Report on the treatment of epidemic cholera: from information collected by the governments of Bengal, Madras, Bombay, N.W. Provinces, Punjab, Oudh, and Central India, by order of the Government of India
Disease focus: Cholera
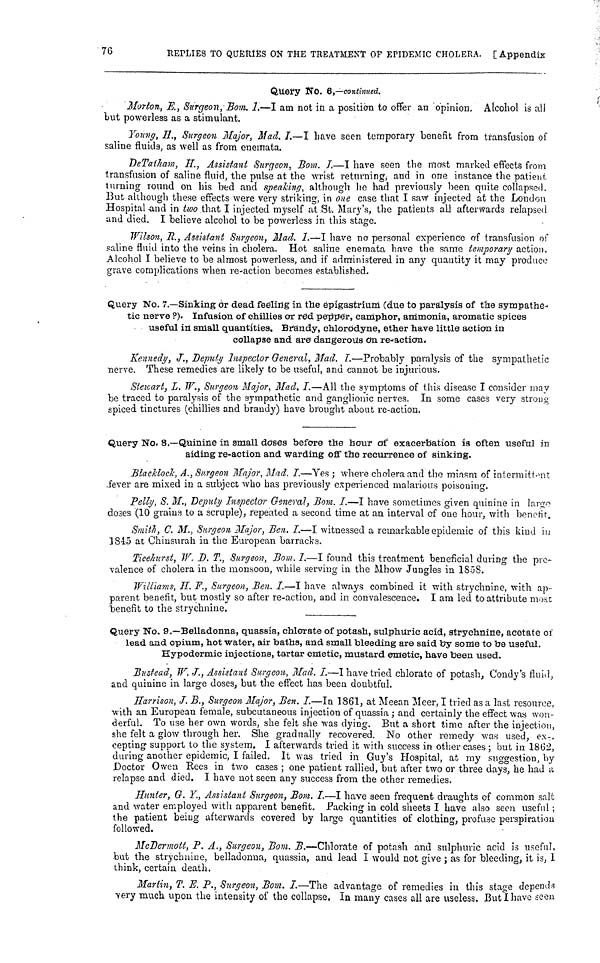
76
REPLIES TO QUERIES ON THE TREATMENT OF EPIDEMIC CHOLERA. [ Appendix
Query No. 6,—continued.
Morton, E., Surgeon, Bom. I.—I am not in a position to offer an opinion. Alcohol is all
Lut powerless as a stimulant.
Young, H., Surgeon Major, Mad. I.—I have seen temporary benefit from transfusion of
saline fluids, as well as from enemata.
DeTatham, H., Assistant Surgeon, Bom. I.—I have seen the most marked effects from
transfusion of saline fluid, the pulse at the wrist returning, and in one instance the patient
turning round on his bed and speaking, although he had previously been quite collapsed.
But although these effects were very striking, in one case that I saw injected at the London
Hospital and in two that I injected myself at St. Mary's, the patients all afterwards relapsed
and died. I believe alcohol to be powerless in this stage.
Wilson, R., Assistant Surgeon, Mad. I.—I have no personal experience of transfusion of
saline fluid into the veins in cholera. Hot saline enemata have the same temporary action.
Alcohol I believe to be almost powerless, and if administered in any quantity it may produce
grave complications when re-action becomes established.
Query No. 7.—Sinking or dead feeling in the epigastrium (due to paralysis of the sympathe-
tic nerve?). Infusion of chillies or red pepper, camphor, ammonia, aromatic spices
useful in small quantities. Brandy, chlorddyne, ether have little action in
collapse and are dangerous on re-action.
Kennedy, J., Deputy Inspector General, Mad. I.—Probably paralysis of the sympathetic
nerve. These remedies are likely to be useful, and cannot be injurious.
Stewart, L. W., Surgeon Major, Mad. I.—All the symptoms of this disease I consider may
be traced to paralysis of the sympathetic and ganglionic nerves. In some cases very strong
spiced tinctures (chillies and brandy) have brought about re-action.
Query No. 8.—Quinine in small doses before the hour of exacerbation is often useful in
aiding re-action and warding off the recurrence of sinking.
Blacklock, A., Surgeon Major, Mad. I.—Yes; where cholera and the miasm of intermittent
fever are mixed in a subject who has previously experienced malarious poisoning.
Felly, S. M., Deputy Inspector General, Bom. I.—I have sometimes given quinine in large
doses (10 grains to a scruple), repeated a second time at an interval of one hour, with benefit.
Smith, C. M., Surgeon Major, Ben. I.—I witnessed a remarkable epidemic of this kind in
1845 at Chinsurah in the European barracks.
Ticehurst, W. D. T., Surgeon, Bom. I.—I found this treatment beneficial during the pre-
valence of cholera in the monsoon, while serving in the Mhow Jungles in 1858.
Williams, H. F., Surgeon, Ben. I.—I have always combined it with strychnine, with ap-
parent benefit, but mostly so after re-action, and in convalescence. I am led to attribute most
"benefit to the strychnine.
Query No. 9.—Belladonna, quassia, chlorate of potash, sulphuric acid, strychnine, acetate of
lead and opium, hot water, air baths, and small bleeding are said by some to be useful.
Hypodermic injections, tartar emetic, mustard emetic, have been used.
Bustead, W. J., Assistant Surgeon, Mad. I.—I have tried chlorate of potash, Condy's fluid,
and quinine in large doses, but the effect has been doubtful.
Harrison, J. B., Surgeon Major, Ben. I.—In 1861, at Meean Meer, I tried as a last resource,
with an European female, subcutaneous injection of quassia; and certainly the effect was won-
derful. To use her own words, she felt she was dying. But a short time after the injection,
she felt a glow through her. She gradually recovered. No other remedy was used, ex-
cepting support to the system. I afterwards tried it with success in other cases ; but in 1862,
during another epidemic, I failed. It was tried in Guy's Hospital, at my suggestion, by
Doctor Owen Rees in two cases ; one patient rallied, but after two or three days, he had a
relapse and died. I have not seen any success from the other remedies.
Hunter, G. Y., Assistant Surgeon, Bom. I.—I have seen frequent draughts of common salt
and water employed with apparent benefit. Packing in cold sheets I have also seen useful;
the patient being afterwards covered by large quantities of clothing, profuse perspiration
followed.
McDermott, P. A., Surgeon, Bom. B.—Chlorate of potash and sulphuric acid is useful,
but the strychnine, belladonna, quassia, and lead I would not give ; as for bleeding, it is, I
think, certain death.
Martin, Τ. E. P., Surgeon, Bom. I.—The advantage of remedies in this stage depends
very much upon the intensity of the collapse, In many cases all are useless. But I have seen